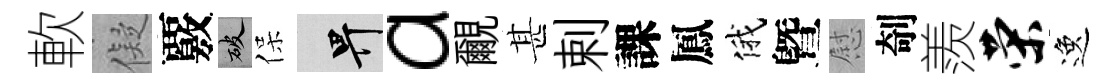
軟儗覈破保畀a覼甚剌課鳳俄曁慰剞羨荣逸